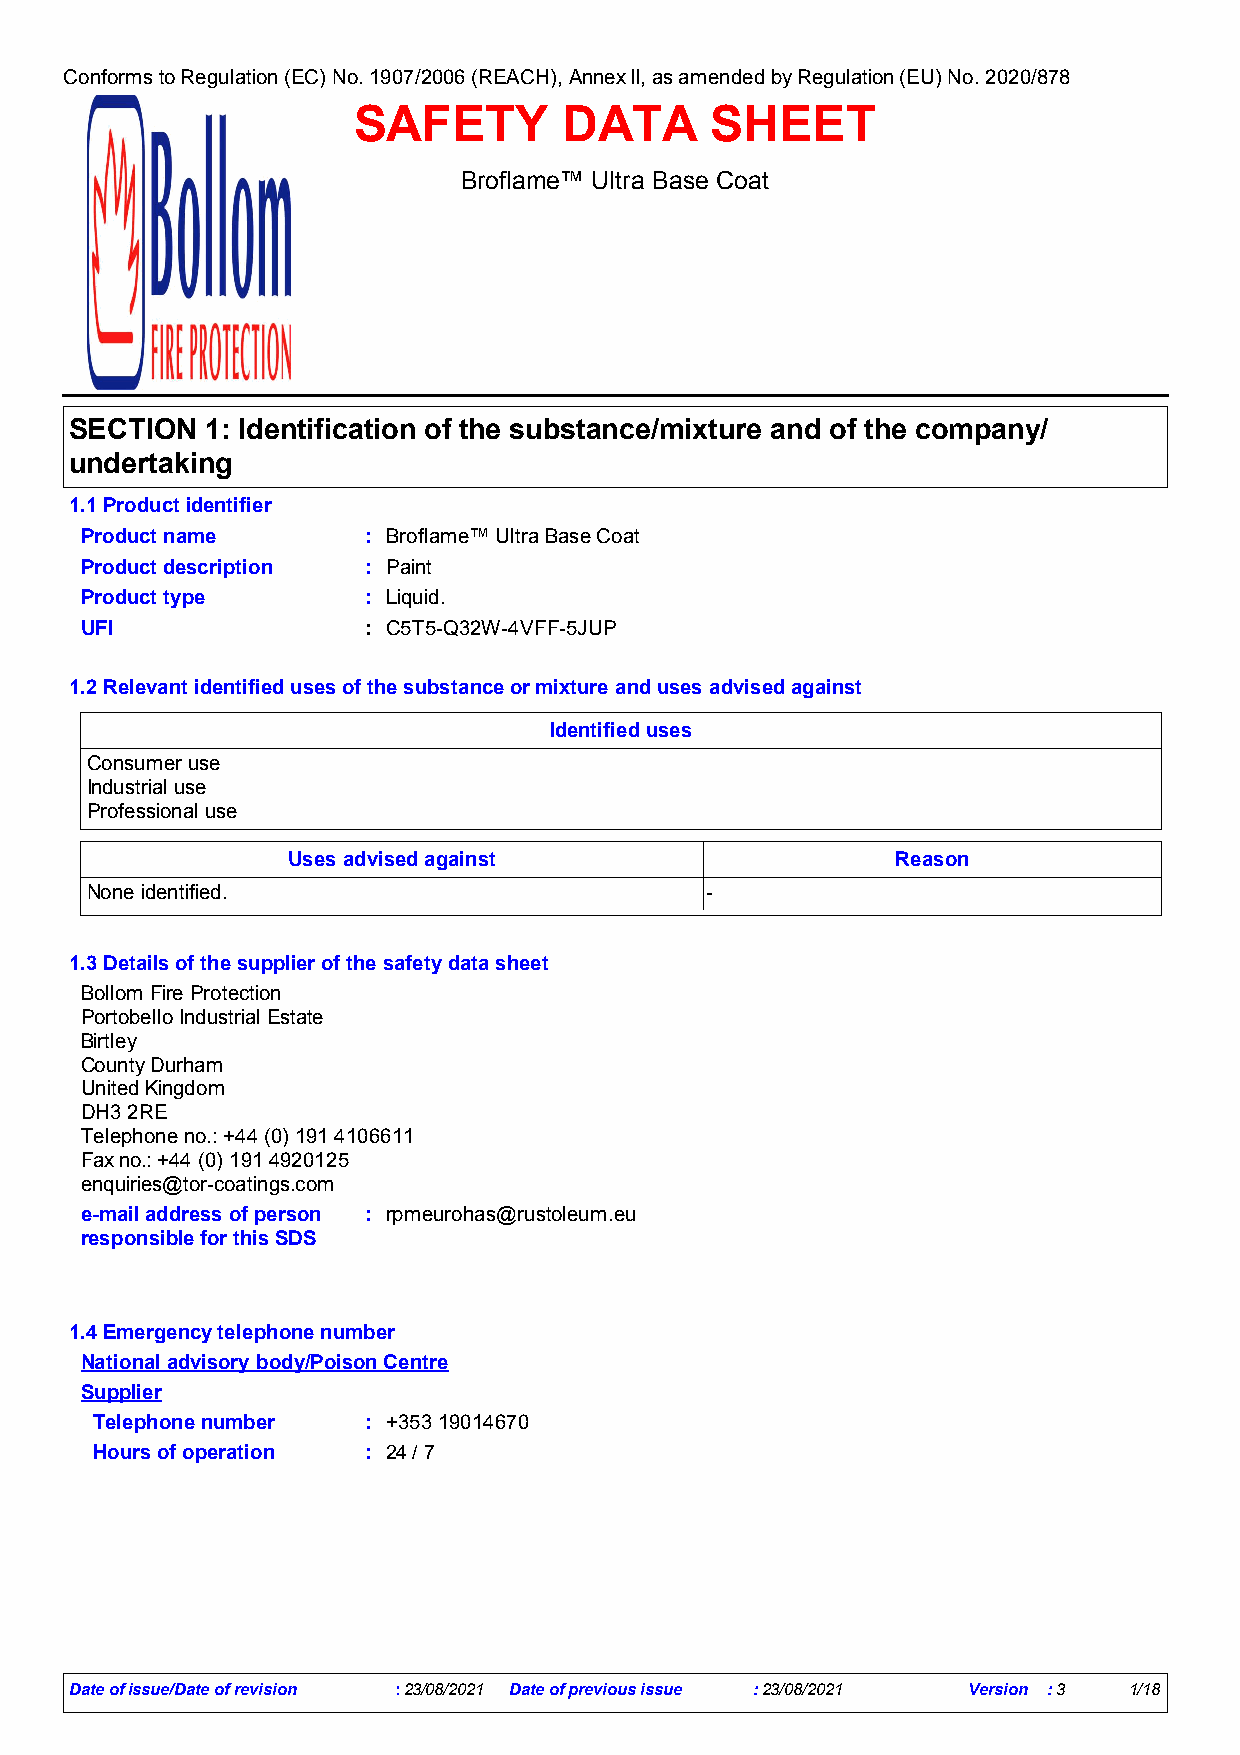
Conforms to Regulation (EC) No. 1907/2006 (REACH), Annex II, as amended by Regulation (EU) No. 2020/878
 SAFETY        DATA      SHEET
 Broflame™ Ultra Base Coat
 SECTION  1: Identification of the substance/mixture and of the company/
 undertaking
 1.1 Product identifier
 Product name       : Broflame™ Ultra Base Coat
 Product description : Paint
 Product type       : Liquid.
 UFI                : C5T5-Q32W-4VFF-5JUP
 1.2 Relevant identified uses of the substance or mixture and uses advised against
 Identified uses
 Consumer use
 Industrial use
 Professional use
 Uses advised against                    Reason
 None identified.                         -
 1.3 Details of the supplier of the safety data sheet
 Bollom Fire Protection
 Portobello Industrial Estate
 Birtley
 County Durham
 United Kingdom
 DH3 2RE
 Telephone no.: +44 (0) 191 4106611
 Fax no.: +44 (0) 191 4920125
 enquiries@tor-coatings.com
 e-mail address of person : rpmeurohas@rustoleum.eu
 responsible for this SDS
 1.4 Emergency telephone number
 National advisory body/Poison Centre
 Supplier
 Telephone number  : +353 19014670
 Hours of operation : 24 / 7
 Date of issue/Date of revision :23/08/2021 Date of previous issue :23/08/2021 Version :3 1/18